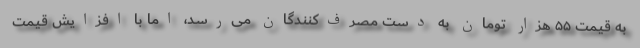
به قیمت ۵۵ هزار تومان به دست مصرف‌کنندگان می‌رسد، اما با افزایش قیمت